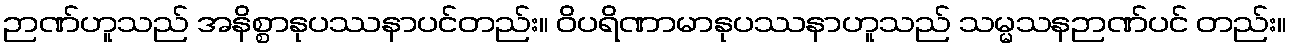
ဉာဏ်ဟူသည် အနိစ္စာနုပဿနာပင်တည်း။ ဝိပရိဏာမာနုပဿနာဟူသည် သမ္မသနဉာဏ်ပင် တည်း။